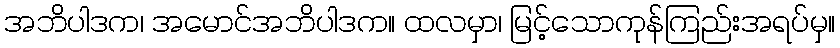
အဘိပါဒက၊ အမောင်အဘိပါဒက။ ထလမှာ၊ မြင့်သောကုန်ကြည်းအရပ်မှ။